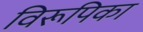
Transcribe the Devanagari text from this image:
विरूपिका